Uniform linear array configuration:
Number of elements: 32
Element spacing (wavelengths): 0.5
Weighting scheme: hann
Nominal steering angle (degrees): -30
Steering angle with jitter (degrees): -31.605
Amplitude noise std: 0.05
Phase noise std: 0.05

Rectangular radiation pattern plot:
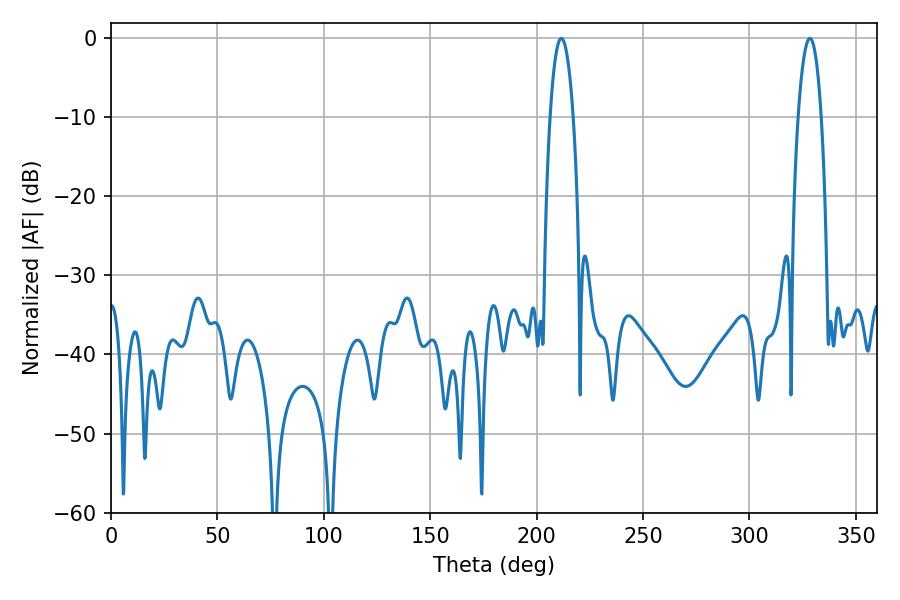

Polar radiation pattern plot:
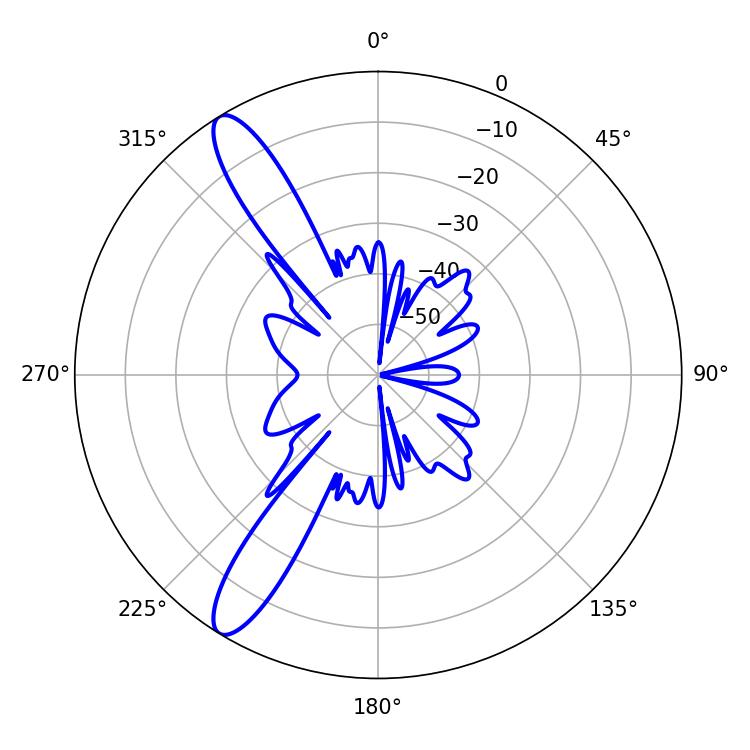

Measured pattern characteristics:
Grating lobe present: FALSE
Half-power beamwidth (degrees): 6.12
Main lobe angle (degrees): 328.32